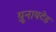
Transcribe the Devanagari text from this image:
य़ूनायटेड